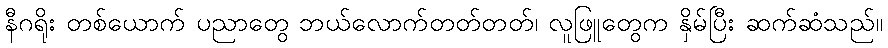
နီဂရိုး တစ်ယောက် ပညာတွေ ဘယ်လောက်တတ်တတ်၊ လူဖြူတွေက နှိမ်ပြီး ဆက်ဆံသည်။